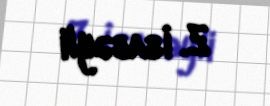
Z. İsabəyli